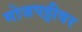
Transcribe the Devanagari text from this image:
मोजपट्टीवर